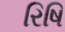
રિષિ